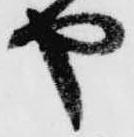
や